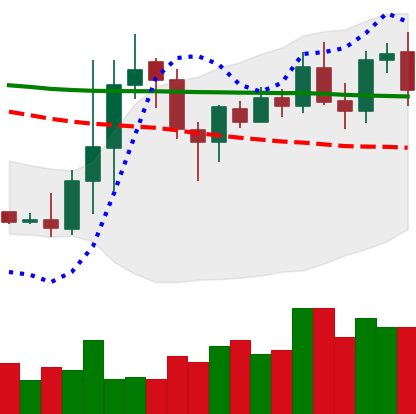
Ticker: DOGE-USD
Chart end date: 2020-01-19
Forward return: -5.364%
Label: down_5_7